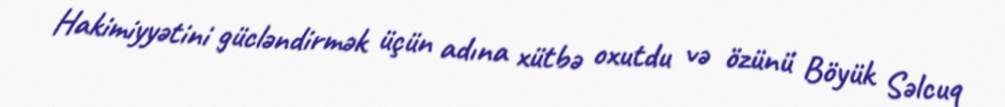
Hakimiyyətini gücləndirmək üçün adına xütbə oxutdu və özünü Böyük Səlcuq